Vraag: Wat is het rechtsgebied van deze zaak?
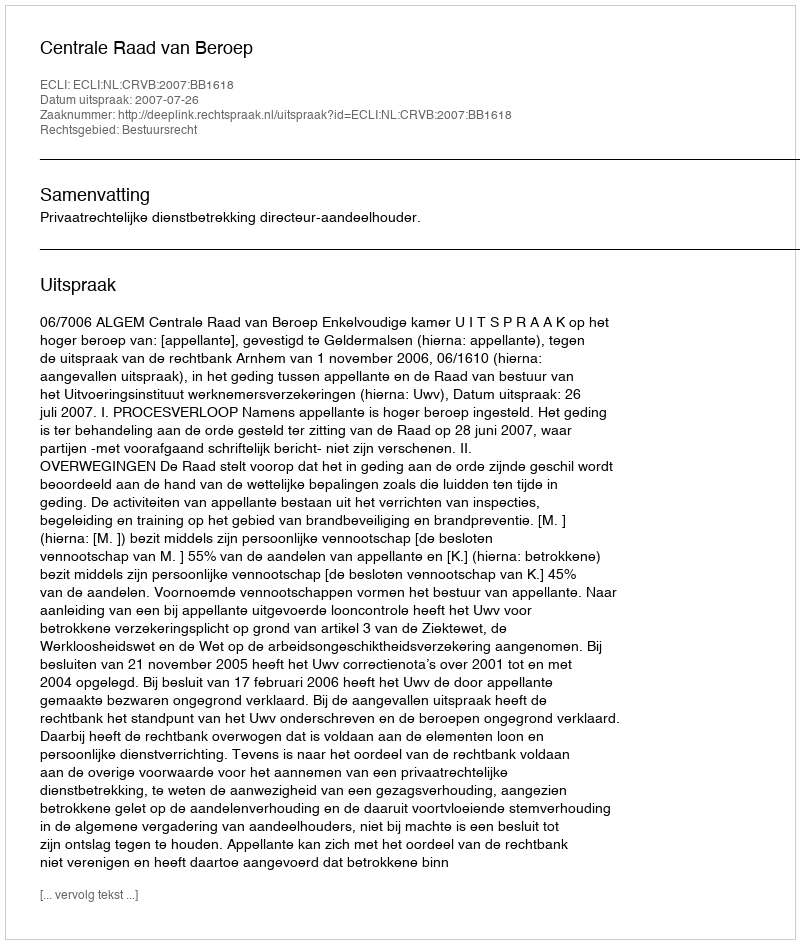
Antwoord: Bestuursrecht